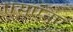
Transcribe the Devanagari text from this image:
एसएनए